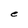
Character: e